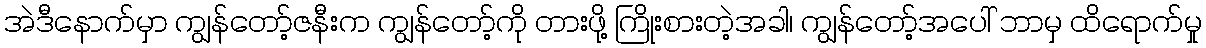
အဲဒီနောက်မှာ ကျွန်တော့်ဇနီးက ကျွန်တော့်ကို တားဖို့ ကြိုးစားတဲ့အခါ၊ ကျွန်တော့်အပေါ် ဘာမှ ထိရောက်မှု